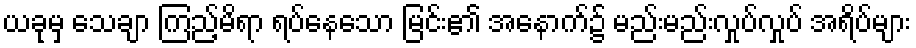
ယခုမှ သေချာ ကြည့်မိရာ ရပ်နေသော မြင်း၏ အနောက်၌ မည်းမည်းလှုပ်လှုပ် အရိပ်များ